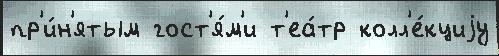
пр'и́н'ятым гост'я́м'и т'еа́тр колл'е́кциjу